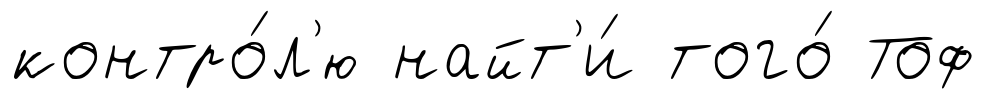
контро́л'ю найт'и́ того́ Тоф